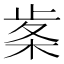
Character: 𭪠